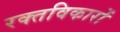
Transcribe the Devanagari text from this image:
रक्तविकारों